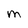
Character: M